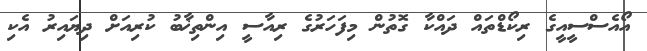
އޯއެސްސީއީގެ ރިކޯޑްތައް ދައްކާ ގޮތުން މިފަހަރުގެ ރިއާސީ އިންތިޚާބު ކުރިއަށް ދިޔައިރު އެކި